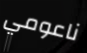
ناعومي